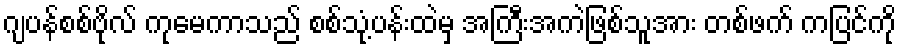
ဂျပန်စစ်ဗိုလ် ကုမေကာသည် စစ်သုံ့ပန်းထဲမှ အကြီးအကဲဖြစ်သူအား တစ်ဖက် ကပြင်ကို